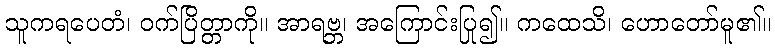
သူကရပေတံ၊ ဝက်ပြိတ္တာကို။ အာရဗ္ဘ၊ အကြောင်းပြု၍။ ကထေသိ၊ ဟောတော်မူ၏။